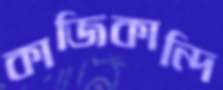
কাজিকান্দি